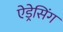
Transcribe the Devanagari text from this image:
ऐड्रेसिंग